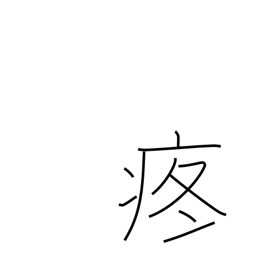
Meaning: pain